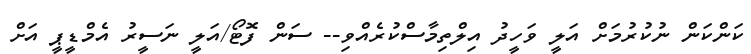
ކަންކަން ނުކުރުމަށް އަލީ ވަހީދު އިލްތިމާސްކުރެއްވި-- ސަން ފޮޓޯ/އަލީ ނަސީރު އެމްޑީޕީ އަށް